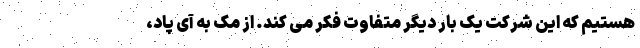
هستیم که این شرکت یک بار دیگر متفاوت فکر می کند. از مک به آی پاد،